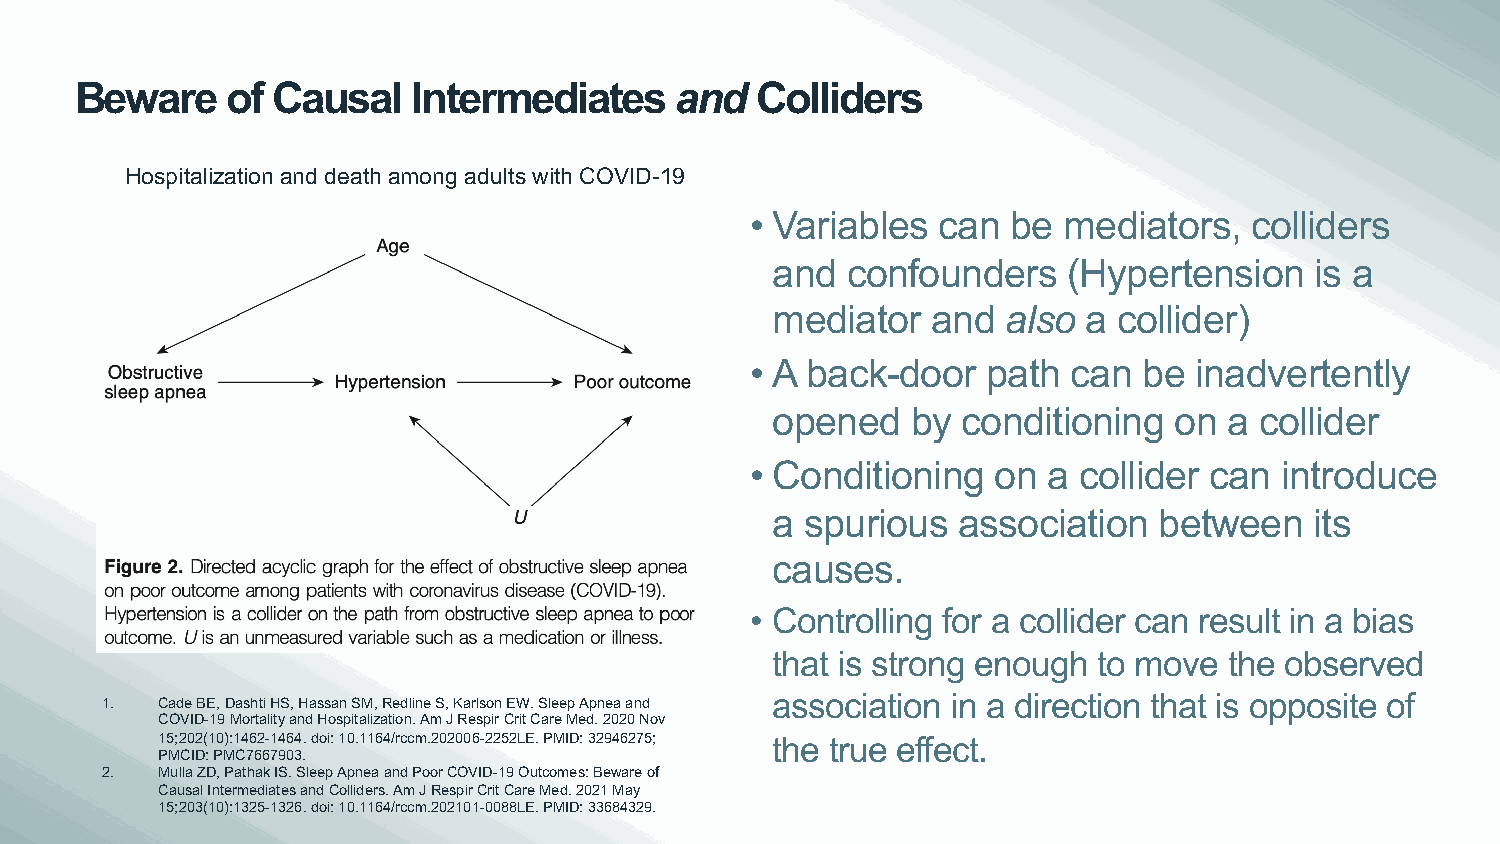
Beware    of Causal   Intermediates     and  Colliders
 Hospitalization and death among adults with COVID-19
 • Variables can  be mediators,   colliders
 and  confounders    (Hypertension   is a
 mediator   and  also a collider)
 • A back-door  path  can  be inadvertently
 opened   by  conditioning  on a collider
 • Conditioning  on a collider can  introduce
 a spurious  association   between   its
 causes.
 • Controlling for a collider can result in a bias
 that is strong enough to move the observed
 1. Cade BE, DashtiHS, Hassan SM, Redline S, Karlson EW. Sleep Apnea and association in a direction that is opposite of
 COVID-19 Mortality and Hospitalization. Am J Respir Crit Care Med. 2020 Nov
 15;202(10):1462-1464. doi: 10.1164/rccm.202006-2252LE. PMID: 32946275; the true effect.
 PMCID: PMC7667903.
 2. Mulla ZD, Pathak IS. Sleep Apnea and Poor COVID-19 Outcomes: Beware of
 Causal Intermediates and Colliders. Am J Respir Crit Care Med. 2021 May
 15;203(10):1325-1326. doi: 10.1164/rccm.202101-0088LE. PMID: 33684329.